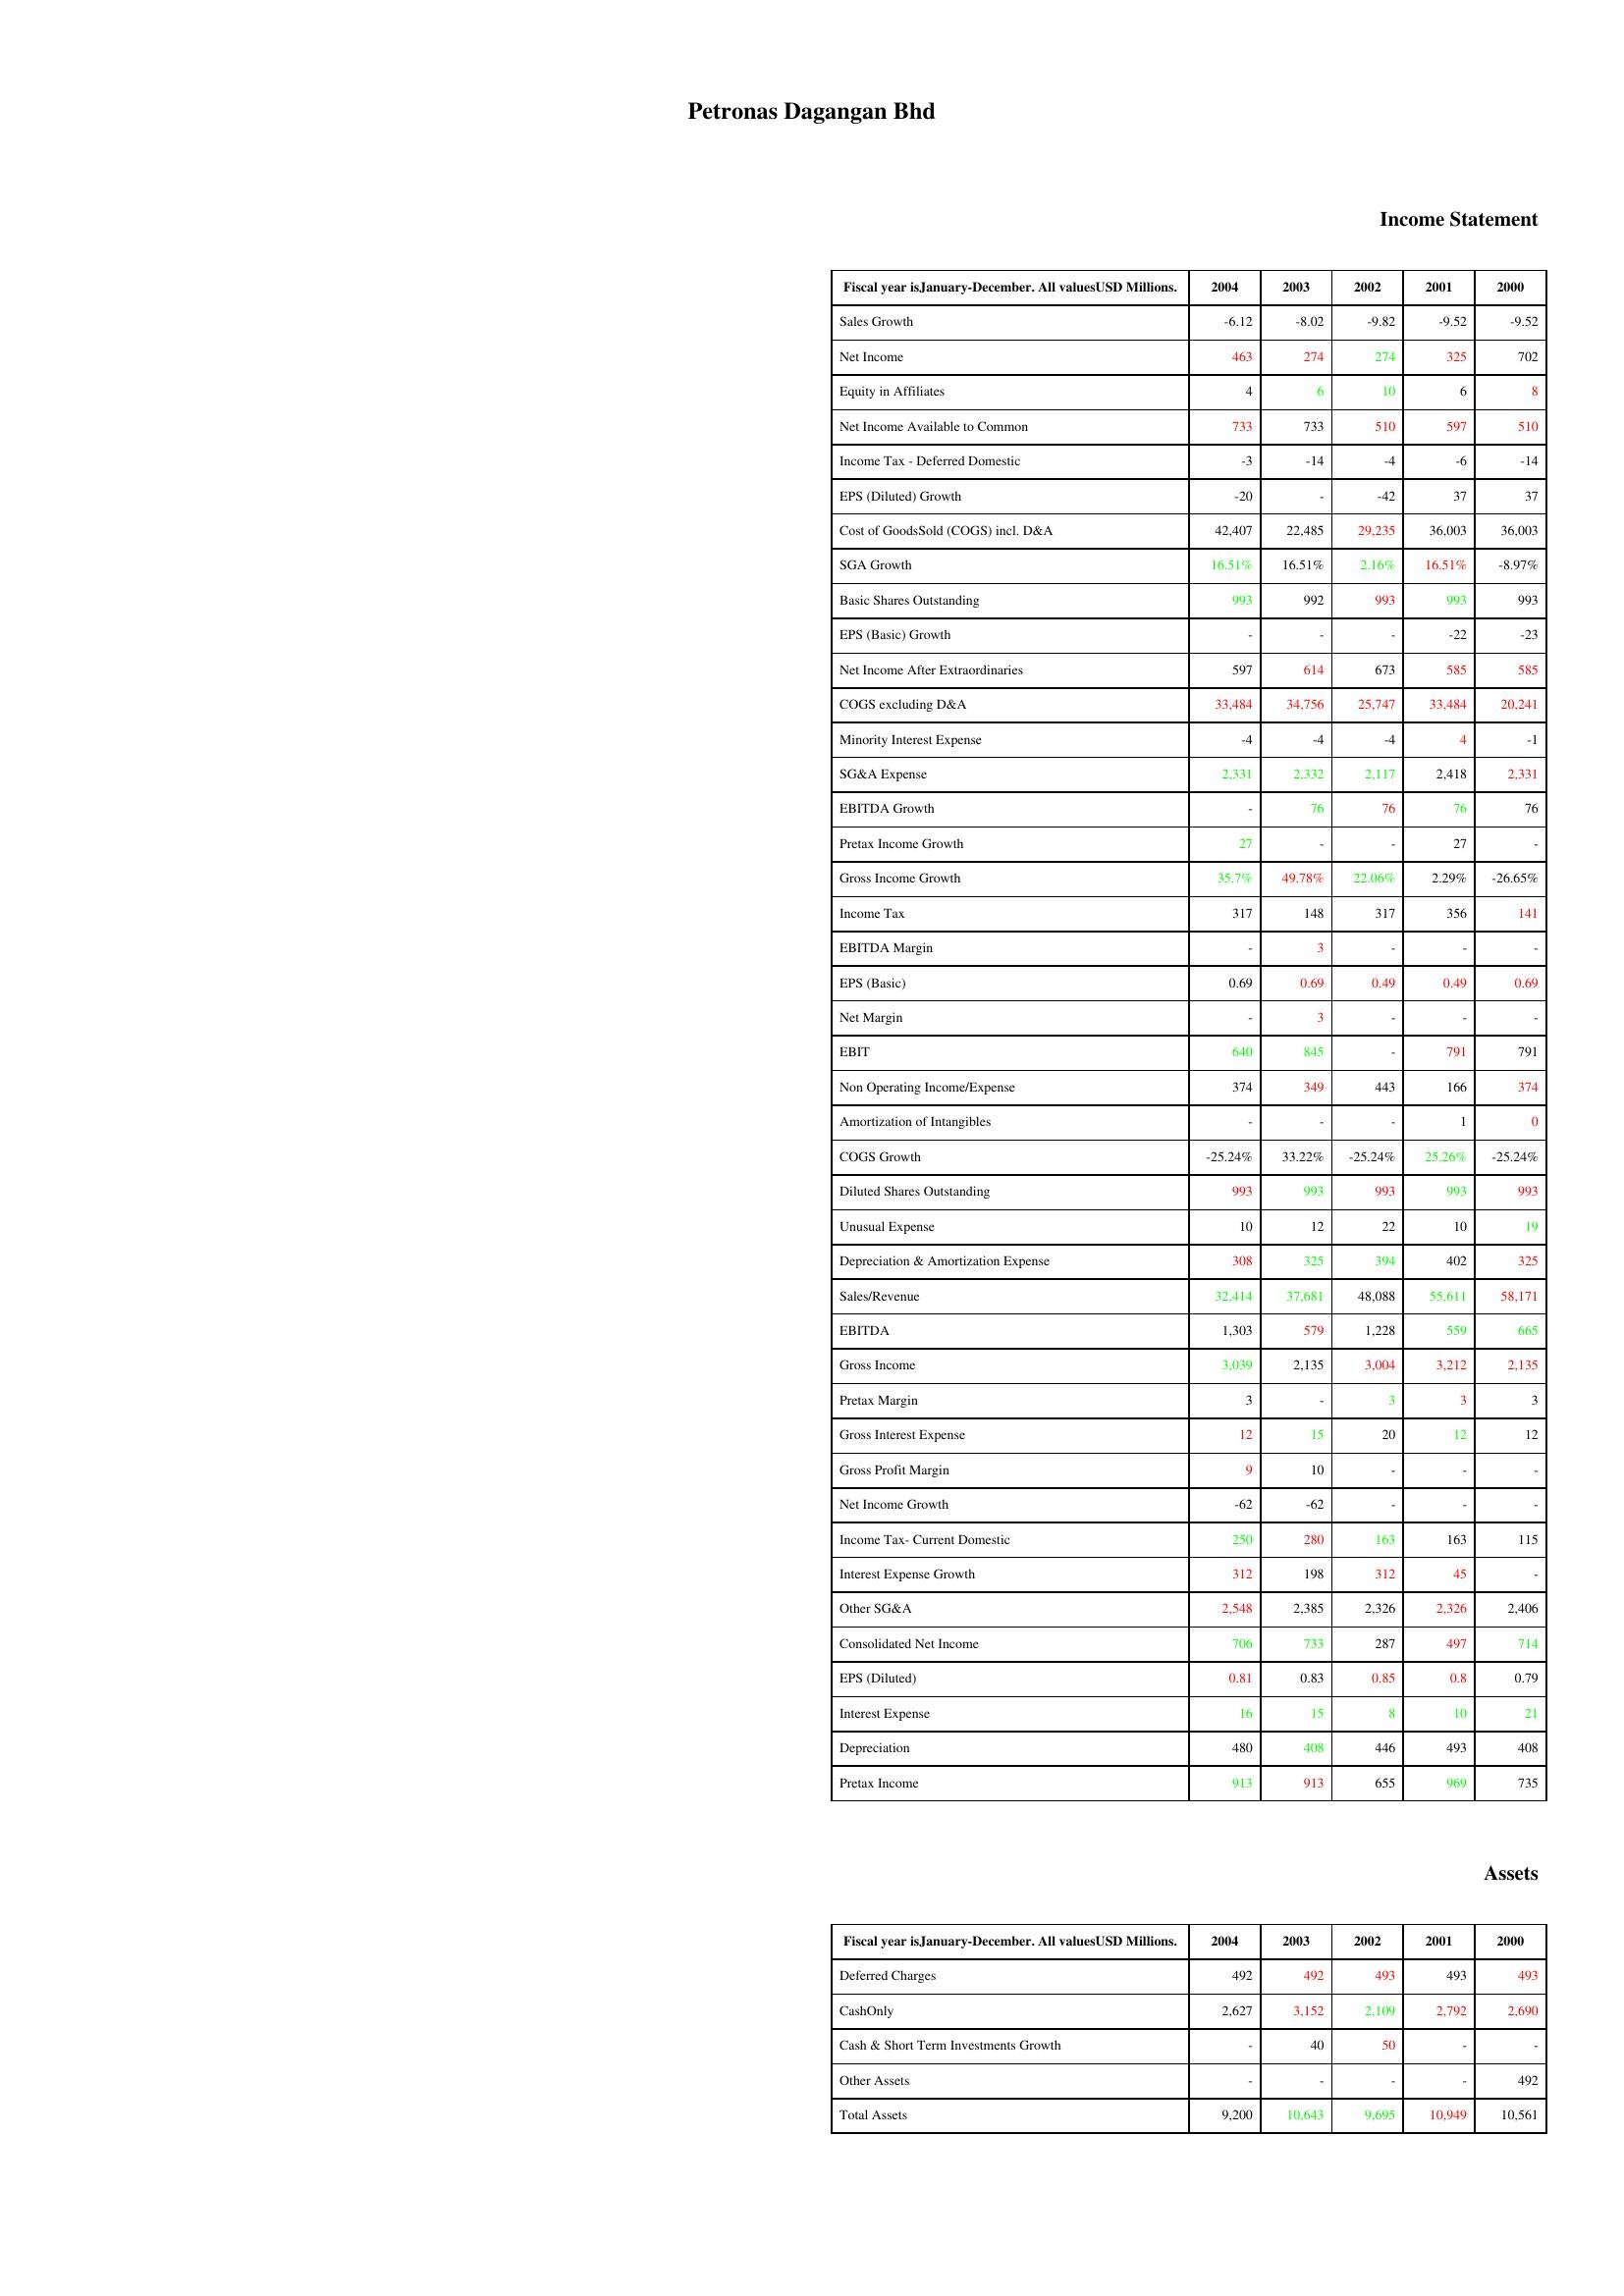
gt_parse: 2004: Income Statement: Sales Growth: -6.12
Net Income: 463
Equity in Affiliates: 4
Net Income Available to Common: 733
Income Tax - Deferred Domestic: -3
EPS (Diluted) Growth: -20
Cost of GoodsSold (COGS) incl. D&A: 42,407
SGA Growth: 16.51%
Basic Shares Outstanding: 993
EPS (Basic) Growth: -
Net Income After Extraordinaries: 597
COGS excluding D&A: 33,484
Minority Interest Expense: -4
SG&A Expense: 2,331
EBITDA Growth: -
Pretax Income Growth: 27
Gross Income Growth: 35.7%
Income Tax: 317
EBITDA Margin: -
EPS (Basic): 0.69
Net Margin: -
EBIT: 640
Non Operating Income/Expense: 374
Amortization of Intangibles: -
COGS Growth: -25.24%
Diluted Shares Outstanding: 993
Unusual Expense: 10
Depreciation & Amortization Expense: 308
Sales/Revenue: 32,414
EBITDA: 1,303
Gross Income: 3,039
Pretax Margin: 3
Gross Interest Expense: 12
Gross Profit Margin: 9
Net Income Growth: -62
Income Tax- Current Domestic: 250
Interest Expense Growth: 312
Other SG&A: 2,548
Consolidated Net Income: 706
EPS (Diluted): 0.81
Interest Expense: 16
Depreciation: 480
Pretax Income: 913
Assets: Deferred Charges: 492
CashOnly: 2,627
Cash & Short Term Investments Growth: -
Other Assets: -
Total Assets: 9,200
2003: Income Statement: Sales Growth: -8.02
Net Income: 274
Equity in Affiliates: 6
Net Income Available to Common: 733
Income Tax - Deferred Domestic: -14
EPS (Diluted) Growth: -
Cost of GoodsSold (COGS) incl. D&A: 22,485
SGA Growth: 16.51%
Basic Shares Outstanding: 992
EPS (Basic) Growth: -
Net Income After Extraordinaries: 614
COGS excluding D&A: 34,756
Minority Interest Expense: -4
SG&A Expense: 2,332
EBITDA Growth: 76
Pretax Income Growth: -
Gross Income Growth: 49.78%
Income Tax: 148
EBITDA Margin: 3
EPS (Basic): 0.69
Net Margin: 3
EBIT: 845
Non Operating Income/Expense: 349
Amortization of Intangibles: -
COGS Growth: 33.22%
Diluted Shares Outstanding: 993
Unusual Expense: 12
Depreciation & Amortization Expense: 325
Sales/Revenue: 37,681
EBITDA: 579
Gross Income: 2,135
Pretax Margin: -
Gross Interest Expense: 15
Gross Profit Margin: 10
Net Income Growth: -62
Income Tax- Current Domestic: 280
Interest Expense Growth: 198
Other SG&A: 2,385
Consolidated Net Income: 733
EPS (Diluted): 0.83
Interest Expense: 15
Depreciation: 408
Pretax Income: 913
Assets: Deferred Charges: 492
CashOnly: 3,152
Cash & Short Term Investments Growth: 40
Other Assets: -
Total Assets: 10,643
2002: Income Statement: Sales Growth: -9.82
Net Income: 274
Equity in Affiliates: 10
Net Income Available to Common: 510
Income Tax - Deferred Domestic: -4
EPS (Diluted) Growth: -42
Cost of GoodsSold (COGS) incl. D&A: 29,235
SGA Growth: 2.16%
Basic Shares Outstanding: 993
EPS (Basic) Growth: -
Net Income After Extraordinaries: 673
COGS excluding D&A: 25,747
Minority Interest Expense: -4
SG&A Expense: 2,117
EBITDA Growth: 76
Pretax Income Growth: -
Gross Income Growth: 22.06%
Income Tax: 317
EBITDA Margin: -
EPS (Basic): 0.49
Net Margin: -
EBIT: -
Non Operating Income/Expense: 443
Amortization of Intangibles: -
COGS Growth: -25.24%
Diluted Shares Outstanding: 993
Unusual Expense: 22
Depreciation & Amortization Expense: 394
Sales/Revenue: 48,088
EBITDA: 1,228
Gross Income: 3,004
Pretax Margin: 3
Gross Interest Expense: 20
Gross Profit Margin: -
Net Income Growth: -
Income Tax- Current Domestic: 163
Interest Expense Growth: 312
Other SG&A: 2,326
Consolidated Net Income: 287
EPS (Diluted): 0.85
Interest Expense: 8
Depreciation: 446
Pretax Income: 655
Assets: Deferred Charges: 493
CashOnly: 2,109
Cash & Short Term Investments Growth: 50
Other Assets: -
Total Assets: 9,695
2001: Income Statement: Sales Growth: -9.52
Net Income: 325
Equity in Affiliates: 6
Net Income Available to Common: 597
Income Tax - Deferred Domestic: -6
EPS (Diluted) Growth: 37
Cost of GoodsSold (COGS) incl. D&A: 36,003
SGA Growth: 16.51%
Basic Shares Outstanding: 993
EPS (Basic) Growth: -22
Net Income After Extraordinaries: 585
COGS excluding D&A: 33,484
Minority Interest Expense: 4
SG&A Expense: 2,418
EBITDA Growth: 76
Pretax Income Growth: 27
Gross Income Growth: 2.29%
Income Tax: 356
EBITDA Margin: -
EPS (Basic): 0.49
Net Margin: -
EBIT: 791
Non Operating Income/Expense: 166
Amortization of Intangibles: 1
COGS Growth: 25.26%
Diluted Shares Outstanding: 993
Unusual Expense: 10
Depreciation & Amortization Expense: 402
Sales/Revenue: 55,611
EBITDA: 559
Gross Income: 3,212
Pretax Margin: 3
Gross Interest Expense: 12
Gross Profit Margin: -
Net Income Growth: -
Income Tax- Current Domestic: 163
Interest Expense Growth: 45
Other SG&A: 2,326
Consolidated Net Income: 497
EPS (Diluted): 0.8
Interest Expense: 10
Depreciation: 493
Pretax Income: 969
Assets: Deferred Charges: 493
CashOnly: 2,792
Cash & Short Term Investments Growth: -
Other Assets: -
Total Assets: 10,949
2000: Income Statement: Sales Growth: -9.52
Net Income: 702
Equity in Affiliates: 8
Net Income Available to Common: 510
Income Tax - Deferred Domestic: -14
EPS (Diluted) Growth: 37
Cost of GoodsSold (COGS) incl. D&A: 36,003
SGA Growth: -8.97%
Basic Shares Outstanding: 993
EPS (Basic) Growth: -23
Net Income After Extraordinaries: 585
COGS excluding D&A: 20,241
Minority Interest Expense: -1
SG&A Expense: 2,331
EBITDA Growth: 76
Pretax Income Growth: -
Gross Income Growth: -26.65%
Income Tax: 141
EBITDA Margin: -
EPS (Basic): 0.69
Net Margin: -
EBIT: 791
Non Operating Income/Expense: 374
Amortization of Intangibles: 0
COGS Growth: -25.24%
Diluted Shares Outstanding: 993
Unusual Expense: 19
Depreciation & Amortization Expense: 325
Sales/Revenue: 58,171
EBITDA: 665
Gross Income: 2,135
Pretax Margin: 3
Gross Interest Expense: 12
Gross Profit Margin: -
Net Income Growth: -
Income Tax- Current Domestic: 115
Interest Expense Growth: -
Other SG&A: 2,406
Consolidated Net Income: 714
EPS (Diluted): 0.79
Interest Expense: 21
Depreciation: 408
Pretax Income: 735
Assets: Deferred Charges: 493
CashOnly: 2,690
Cash & Short Term Investments Growth: -
Other Assets: 492
Total Assets: 10,561